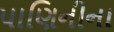
પાણિનીના